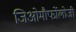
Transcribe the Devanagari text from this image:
जिओमौर्फोलोजी